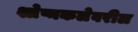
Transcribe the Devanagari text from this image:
श्लेष्मकलेवरील